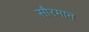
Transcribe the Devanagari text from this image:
सौरमान